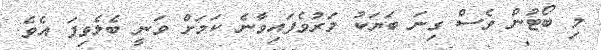
މި ބޯޓުން ވެސް ގިނަ ބަޔަކު މަރުވެފައިވާނެ ކަމަށް ވަނީ ބެލެވިފަ އެވެ.